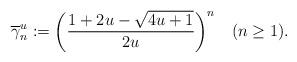
LaTeX: \begin{align*}\overline{\gamma}_{n}^{u}:=\bigg( \frac{1+2u-\sqrt{4u+1}}{2u}\bigg) ^{n}\quad(n\geq1). \end{align*}